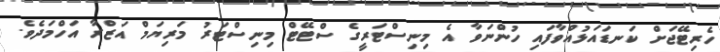
ހެރިޓޭޖަށް ކަނޑައަޅުއްވާފައި ހުންނަވާ އެ މިނިސްޓަރީގެ ސްޓޭޓް މިނިސްޓަރު މަރިޔަމް އަޒްރާ އަހްމަދެވެ.